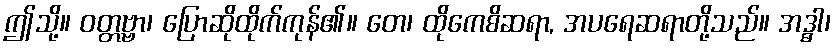
ဤသို့။ ဝတ္တဗ္ဗာ၊ ပြောဆိုထိုက်ကုန်၏။ တေ၊ ထိုကေစိဆရာ, အပရေဆရာတို့သည်။ အဒ္ဓါ၊